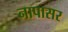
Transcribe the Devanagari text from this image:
नापासर